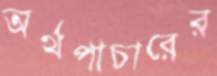
অর্থপাচারের